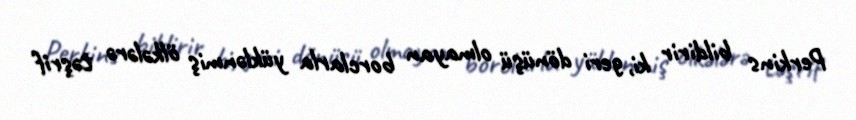
Perkins bildirir ki, geri dönüşü olmayan borclarla yüklənmiş ölkələrə təşrif